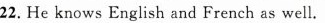
22. He knows English and French as well.